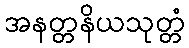
အနတ္တနိယသုတ္တံ